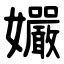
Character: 孍